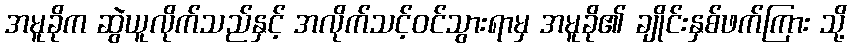
အမူခိုက ဆွဲယူလိုက်သည်နှင့် အလိုက်သင့်ဝင်သွားရာမှ အမူခို၏ ချိုင်းနှစ်ဖက်ကြား သို့